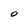
Character: O